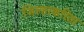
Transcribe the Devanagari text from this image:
जिल्हाकरिता